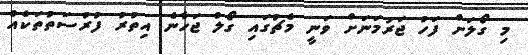
މި ގޯލަށް ފަހު ޖަރުމަނަށް ވަނީ މެޗުގައި ގޯލް ޖަހާނެ އިތުރު ފުރުސަތުތަކެއް